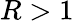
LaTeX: R>1